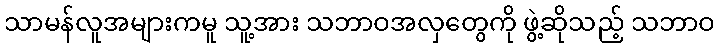
သာမန်လူအများကမူ သူ့အား သဘာဝအလှတွေကို ဖွဲ့ဆိုသည့် သဘာဝ